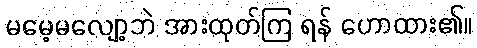
မမေ့မလျော့ဘဲ အားထုတ်ကြ ရန် ဟောထား၏။